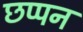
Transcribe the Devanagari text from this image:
छप्‍पन